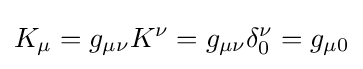
K_{\mu }=g_{\mu \nu }K^{\nu }=g_{\mu \nu }\delta _{0}^{\nu }=g_{\mu 0}